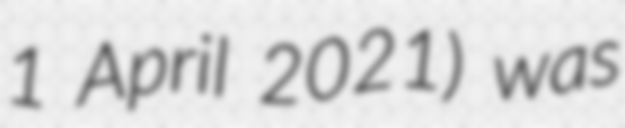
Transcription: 1 April 2021) was